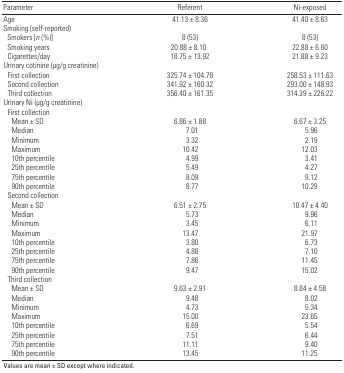
<table><thead><tr><td><b>Parameter</b></td><td><b>Referent</b></td><td><b>Ni-exposed</b></td></tr></thead><tbody><tr><td>Age</td><td></td><td>41.13 ± 8.36</td><td></td><td>41.40 ± 8.63</td></tr><tr><td>Smoking (self-reported)</td><td></td><td></td><td></td><td></td></tr><tr><td>Smokers [<i>n</i> (%)]</td><td></td><td>8 (53)</td><td></td><td>8 (53)</td></tr><tr><td>Smoking years</td><td></td><td> 20.88 ± 8.10</td><td></td><td>22.88 ± 6.60</td></tr><tr><td>Cigarettes/day</td><td></td><td>18.75 ± 13.92</td><td></td><td>21.88 ± 9.23</td></tr><tr><td colspan="5">Urinary cotinine (μg/g creatinine)</td></tr><tr><td>First collection</td><td></td><td>325.74 ± 104.78</td><td></td><td>258.53 ± 111.63</td></tr><tr><td>Second collection</td><td></td><td>341.92 ± 160.32</td><td></td><td>293.00 ± 148.93</td></tr><tr><td>Third collection</td><td></td><td>356.40 ± 161.35</td><td></td><td>314.39 ± 226.22</td></tr><tr><td colspan="5">Urinary Ni (μg/g creatinine)</td></tr><tr><td>First collection</td><td></td><td></td><td></td><td></td></tr><tr><td>Mean ± SD</td><td></td><td>6.86 ± 1.88</td><td></td><td>6.67 ± 3.25</td></tr><tr><td>Median</td><td></td><td>7.01</td><td></td><td>5.96</td></tr><tr><td>Minimum</td><td></td><td>3.32</td><td></td><td>2.19</td></tr><tr><td>Maximum</td><td></td><td>10.42</td><td></td><td>12.03</td></tr><tr><td>10th percentile</td><td></td><td>4.99</td><td></td><td>3.41</td></tr><tr><td>25th percentile</td><td></td><td>5.49</td><td></td><td>4.27</td></tr><tr><td>75th percentile</td><td></td><td>8.09</td><td></td><td>9.12</td></tr><tr><td>90th percentile</td><td></td><td>8.77</td><td></td><td>10.29</td></tr><tr><td>Second collection</td><td></td><td></td><td></td><td></td></tr><tr><td>Mean ± SD</td><td></td><td>6.51 ± 2.75</td><td></td><td>10.47 ± 4.40</td></tr><tr><td>Median</td><td></td><td>5.73</td><td></td><td>9.96</td></tr><tr><td>Minimum</td><td></td><td>3.45</td><td></td><td>6.11</td></tr><tr><td>Maximum</td><td></td><td>13.47</td><td></td><td>21.97</td></tr><tr><td>10th percentile</td><td></td><td>3.80</td><td></td><td>6.73</td></tr><tr><td>25th percentile</td><td></td><td>4.88</td><td></td><td>7.10</td></tr><tr><td>75th percentile</td><td></td><td>7.86</td><td></td><td>11.45</td></tr><tr><td>90th percentile</td><td></td><td>9.47</td><td></td><td>15.02</td></tr><tr><td>Third collection</td><td></td><td></td><td></td><td></td></tr><tr><td>Mean ± SD</td><td></td><td>9.63 ± 2.91</td><td></td><td>8.84 ± 4.58</td></tr><tr><td>Median</td><td></td><td>9.48</td><td></td><td>8.02</td></tr><tr><td>Minimum</td><td></td><td>4.73</td><td></td><td>5.34</td></tr><tr><td>Maximum</td><td></td><td>15.00</td><td></td><td>23.65</td></tr><tr><td>10th percentile</td><td></td><td>6.69</td><td></td><td>5.54</td></tr><tr><td>25th percentile</td><td></td><td>7.51</td><td></td><td>6.44</td></tr><tr><td>75th percentile</td><td></td><td>11.11</td><td></td><td>9.40</td></tr><tr><td>90th percentile</td><td></td><td>13.45</td><td></td><td>11.25</td></tr><tr><td colspan="5">Values are mean ± SD except where indicated.</td></tr></tbody></table>